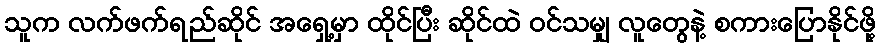
သူက လက်ဖက်ရည်ဆိုင် အရှေ့မှာ ထိုင်ပြီး ဆိုင်ထဲ ဝင်သမျှ လူတွေနဲ့ စကားပြောနိုင်ဖို့